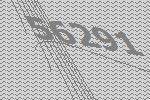
56291